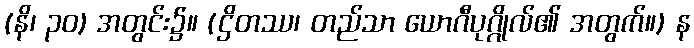
(နိ၊ ၃၀) အတွင်း၌။ (ဌိတဿ၊ တည်သာ ယောဂီပုဂ္ဂိုလ်၏ အတွက်။) န